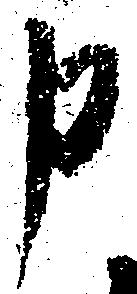
申